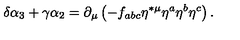
\delta \alpha _ { 3 } + \gamma \alpha _ { 2 } = \partial _ { \mu } \left( - f _ { a b c } \eta ^ { * \mu } \eta ^ { a } \eta ^ { b } \eta ^ { c } \right) .